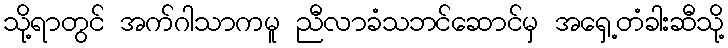
သို့ရာတွင် အက်ဂါသာကမူ ညီလာခံသဘင်ဆောင်မှ အရှေ့တံခါးဆီသို့